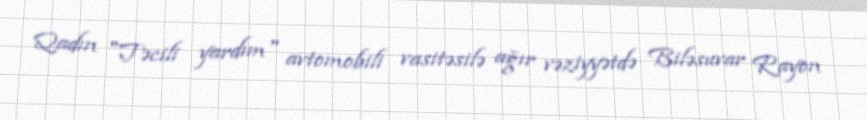
Qadın "Təcili yardım" avtomobili vasitəsilə ağır vəziyyətdə Biləsuvar Rayon